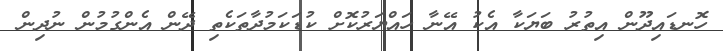
ހޮނޑައިދޫން އިތުރު ބަޔަކާ އެކު އޭނާ ހައްޔަރުކޮށް ކުޑަކަމުދާތަކެތި ދޭން އެންގުމުން ނުދިން